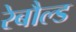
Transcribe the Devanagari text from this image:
रेबौल्ड